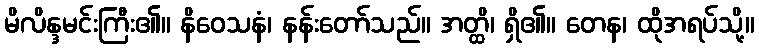
မိလိန္ဒမင်းကြီး၏။ နိဝေသနံ၊ နန်းတော်သည်။ အတ္ထိ၊ ရှိ၏။ တေန၊ ထိုအရပ်သို့။